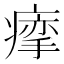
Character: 𰣽